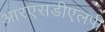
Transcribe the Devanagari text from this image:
आरएसडीएलपी